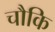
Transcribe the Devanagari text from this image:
चौकि